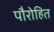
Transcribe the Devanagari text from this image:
पौरोहित